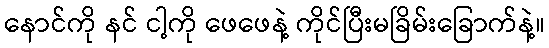
နောင်ကို နင် ငါ့ကို ဖေဖေနဲ့ ကိုင်ပြီးမခြိမ်းခြောက်နဲ့။